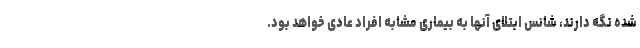
شده نگه دارند، شانس ابتلای آنها به بیماری مشابه افراد عادی خواهد بود.